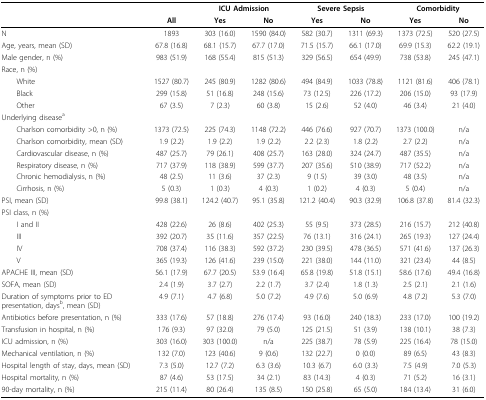
<table><thead><tr><td colspan="2"></td><td></td><td colspan="2"><b>ICU Admission</b></td><td colspan="2"><b>Severe Sepsis</b></td><td colspan="2"><b>Comorbidity</b></td></tr><tr><td colspan="2"></td><td><b>All</b></td><td><b>Yes</b></td><td><b>No</b></td><td><b>Yes</b></td><td><b>No</b></td><td><b>Yes</b></td><td><b>No</b></td></tr></thead><tbody><tr><td colspan="2">N</td><td>1893</td><td>303(16.0)</td><td>1590(84.0)</td><td>582(30.7)</td><td>1311(69.3)</td><td>1373(72.5)</td><td>520(27.5)</td></tr><tr><td colspan="2">Age, years, mean (SD)</td><td>67.8(16.8)</td><td>68.1(15.7)</td><td>67.7(17.0)</td><td>71.5(15.7)</td><td>66.1(17.0)</td><td>69.9(15.3)</td><td>62.2(19.1)</td></tr><tr><td colspan="2">Male gender, n (%)</td><td>983(51.9)</td><td>168(55.4)</td><td>815(51.3)</td><td>329(56.5)</td><td>654(49.9)</td><td>738(53.8)</td><td>245(47.1)</td></tr><tr><td colspan="2">Race, n (%)</td><td></td><td></td><td></td><td></td><td></td><td></td><td></td></tr><tr><td colspan="2"> White</td><td>1527(80.7)</td><td>245(80.9)</td><td>1282(80.6)</td><td>494(84.9)</td><td>1033(78.8)</td><td>1121(81.6)</td><td>406(78.1)</td></tr><tr><td colspan="2"> Black</td><td>299(15.8)</td><td>51(16.8)</td><td>248(15.6)</td><td>73(12.5)</td><td>226(17.2)</td><td>206(15.0)</td><td>93(17.9)</td></tr><tr><td colspan="2"> Other</td><td>67(3.5)</td><td>7(2.3)</td><td>60(3.8)</td><td>15(2.6)</td><td>52(4.0)</td><td>46(3.4)</td><td>21(4.0)</td></tr><tr><td colspan="2">Underlying disease<sup>a</sup></td><td></td><td></td><td></td><td></td><td></td><td></td><td></td></tr><tr><td colspan="2"> Charlson comorbidity &gt;0, n (%)</td><td>1373(72.5)</td><td>225(74.3)</td><td>1148(72.2)</td><td>446(76.6)</td><td>927(70.7)</td><td>1373(100.0)</td><td>n/a</td></tr><tr><td colspan="2"> Charlson comorbidity, mean (SD)</td><td>1.9(2.2)</td><td>1.9(2.2)</td><td>1.9(2.2)</td><td>2.2(2.3)</td><td>1.8(2.2)</td><td>2.7(2.2)</td><td>n/a</td></tr><tr><td colspan="2"> Cardiovascular disease, n (%)</td><td>487(25.7)</td><td>79(26.1)</td><td>408(25.7)</td><td>163(28.0)</td><td>324(24.7)</td><td>487(35.5)</td><td>n/a</td></tr><tr><td colspan="2"> Respiratory disease, n (%)</td><td>717(37.9)</td><td>118(38.9)</td><td>599(37.7)</td><td>207(35.6)</td><td>510(38.9)</td><td>717(52.2)</td><td>n/a</td></tr><tr><td colspan="2"> Chronic hemodialysis, n (%)</td><td>48(2.5)</td><td>11(3.6)</td><td>37(2.3)</td><td>9(1.5)</td><td>39(3.0)</td><td>48(3.5)</td><td>n/a</td></tr><tr><td colspan="2"> Cirrhosis, n (%)</td><td>5(0.3)</td><td>1(0.3)</td><td>4(0.3)</td><td>1(0.2)</td><td>4(0.3)</td><td>5(0.4)</td><td>n/a</td></tr><tr><td colspan="2">PSI, mean (SD)</td><td>99.8(38.1)</td><td>124.2(40.7)</td><td>95.1(35.8)</td><td>121.2(40.4)</td><td>90.3(32.9)</td><td>106.8(37.8)</td><td>81.4(32.3)</td></tr><tr><td colspan="2">PSI class, n (%)</td><td></td><td></td><td></td><td></td><td></td><td></td><td></td></tr><tr><td colspan="2"> I and II</td><td>428(22.6)</td><td>26(8.6)</td><td>402(25.3)</td><td>55(9.5)</td><td>373(28.5)</td><td>216(15.7)</td><td>212(40.8)</td></tr><tr><td colspan="2"> III</td><td>392(20.7)</td><td>35(11.6)</td><td>357(22.5)</td><td>76(13.1)</td><td>316(24.1)</td><td>265(19.3)</td><td>127(24.4)</td></tr><tr><td colspan="2"> IV</td><td>708(37.4)</td><td>116(38.3)</td><td>592(37.2)</td><td>230(39.5)</td><td>478(36.5)</td><td>571(41.6)</td><td>137(26.3)</td></tr><tr><td colspan="2"> V</td><td>365(19.3)</td><td>126(41.6)</td><td>239(15.0)</td><td>221(38.0)</td><td>144(11.0)</td><td>321(23.4)</td><td>44(8.5)</td></tr><tr><td colspan="2">APACHE III, mean (SD)</td><td>56.1(17.9)</td><td>67.7(20.5)</td><td>53.9(16.4)</td><td>65.8(19.8)</td><td>51.8(15.1)</td><td>58.6(17.6)</td><td>49.4(16.8)</td></tr><tr><td colspan="2">SOFA, mean (SD)</td><td>2.4(1.9)</td><td>3.7(2.7)</td><td>2.2(1.7)</td><td>3.7(2.4)</td><td>1.8(1.3)</td><td>2.5(2.1)</td><td>2.1(1.6)</td></tr><tr><td colspan="2">Duration of symptoms prior to ED presentation, days<sup>b</sup>, mean (SD)</td><td>4.9(7.1)</td><td>4.7(6.8)</td><td>5.0(7.2)</td><td>4.9(7.6)</td><td>5.0(6.9)</td><td>4.8(7.2)</td><td>5.3(7.0)</td></tr><tr><td colspan="2">Antibiotics before presentation, n (%)</td><td>333(17.6)</td><td>57(18.8)</td><td>276(17.4)</td><td>93(16.0)</td><td>240(18.3)</td><td>233(17.0)</td><td>100(19.2)</td></tr><tr><td colspan="2">Transfusion in hospital, n (%)</td><td>176(9.3)</td><td>97(32.0)</td><td>79(5.0)</td><td>125(21.5)</td><td>51(3.9)</td><td>138(10.1)</td><td>38(7.3)</td></tr><tr><td colspan="2">ICU admission, n (%)</td><td>303(16.0)</td><td>303(100.0)</td><td>n/a</td><td>225(38.7)</td><td>78(5.9)</td><td>225(16.4)</td><td>78(15.0)</td></tr><tr><td colspan="2">Mechanical ventilation, n (%)</td><td>132(7.0)</td><td>123(40.6)</td><td>9(0.6)</td><td>132(22.7)</td><td>0(0.0)</td><td>89(6.5)</td><td>43(8.3)</td></tr><tr><td colspan="2">Hospital length of stay, days, mean (SD)</td><td>7.3(5.0)</td><td>12.7(7.2)</td><td>6.3(3.6)</td><td>10.3(6.7)</td><td>6.0(3.3)</td><td>7.5(4.9)</td><td>7.0(5.3)</td></tr><tr><td colspan="2">Hospital mortality, n (%)</td><td>87(4.6)</td><td>53(17.5)</td><td>34(2.1)</td><td>83(14.3)</td><td>4(0.3)</td><td>71(5.2)</td><td>16(3.1)</td></tr><tr><td colspan="2">90-day mortality, n (%)</td><td>215(11.4)</td><td>80(26.4)</td><td>135(8.5)</td><td>150(25.8)</td><td>65(5.0)</td><td>184(13.4)</td><td>31(6.0)</td></tr></tbody></table>